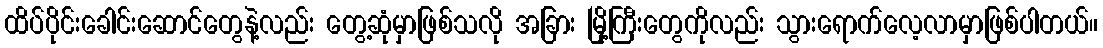
ထိပ်ပိုင်းခေါင်းဆောင်တွေနဲ့လည်း တွေ့ဆုံမှာဖြစ်သလို အခြား မြို့ကြီးတွေကိုလည်း သွားရောက်လေ့လာမှာဖြစ်ပါတယ်။